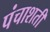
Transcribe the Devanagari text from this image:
पंचाशती